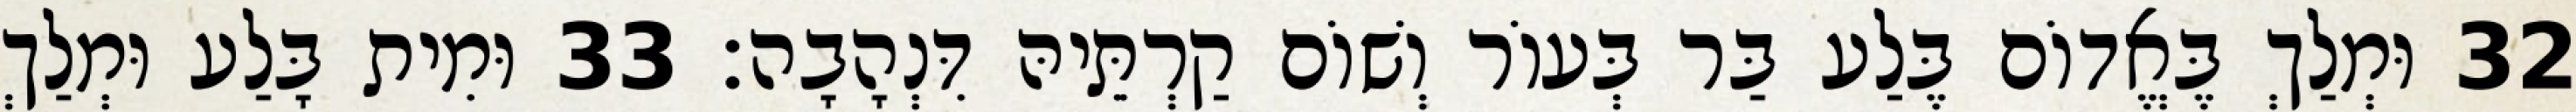
32 וּמְלַךְ בֶּאֱדוֹם בֶּלַע בַּר בְּעוֹר וְשׁוֹם קַרְתֵּיהּ דִּנְהָבָה׃ 33 וּמִית בָּלַע וּמְלַךְ